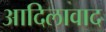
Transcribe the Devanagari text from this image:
आदिलावाद